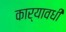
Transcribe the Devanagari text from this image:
कार्यावधी